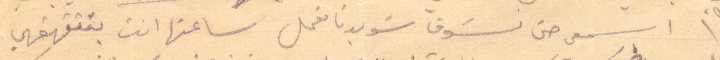
اسمعي حتى تشوف شو بدنا نعمل ساعتها انت بتتقهقهي